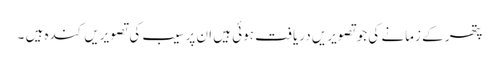
پتھر کے زمانے کی جوتصویریں دریافت ہوئی ہیں ان پر سیب کی تصویریں کندہ ہیں ۔